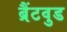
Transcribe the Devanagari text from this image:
ब्रैंटवुड